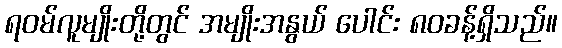
ရဝမ်လူမျိုးတို့တွင် အမျိုးအနွယ် ပေါင်း ၈၀ခန့်ရှိသည်။